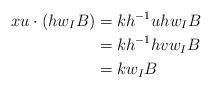
LaTeX: \begin{align*}xu\cdot(hw_IB)&=kh^{-1}uhw_IB\\&=kh^{-1}hvw_IB\quad\\&=kw_IB\quad\end{align*}